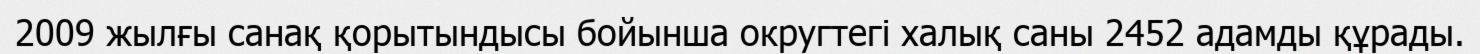
2009 жылғы санақ қорытындысы бойынша округтегі халық саны 2452 адамды құрады.